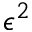
\epsilon ^ { 2 }